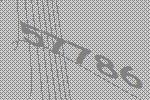
57786